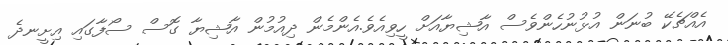
އެއްޗެކޭ ބުނަން އުޅުނުހެންވެސް އާޝިޔާއަށް ހީވިއެވެ.އެންމެން ދިއުމުން އާޝިޔާ ގޮސް ސޯފާގައި އިށީނދެ